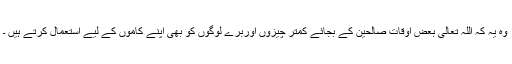
وہ یہ کہ اللہ تعالیٰ بعض اوقات صالحین کے بجائے کمتر چیزوں اوربرے لوگوں کو بھی اپنے کاموں کے لیے استعمال کرتے ہیں ۔